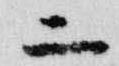
二